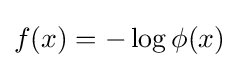
f(x)=-\log \phi (x)